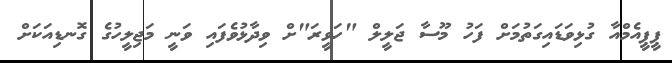
ޕީޕީއެމްއާ ގުޅިވަޑައިގަތުމަށް ފަހު މޫސާ ޖަލީލް "ހަވީރަ"ށް ވިދާޅުވެފައި ވަނީ މަޖިލީހުގެ ގޮނޑިއަކަށް